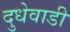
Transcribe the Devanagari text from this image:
दुधेवाडी